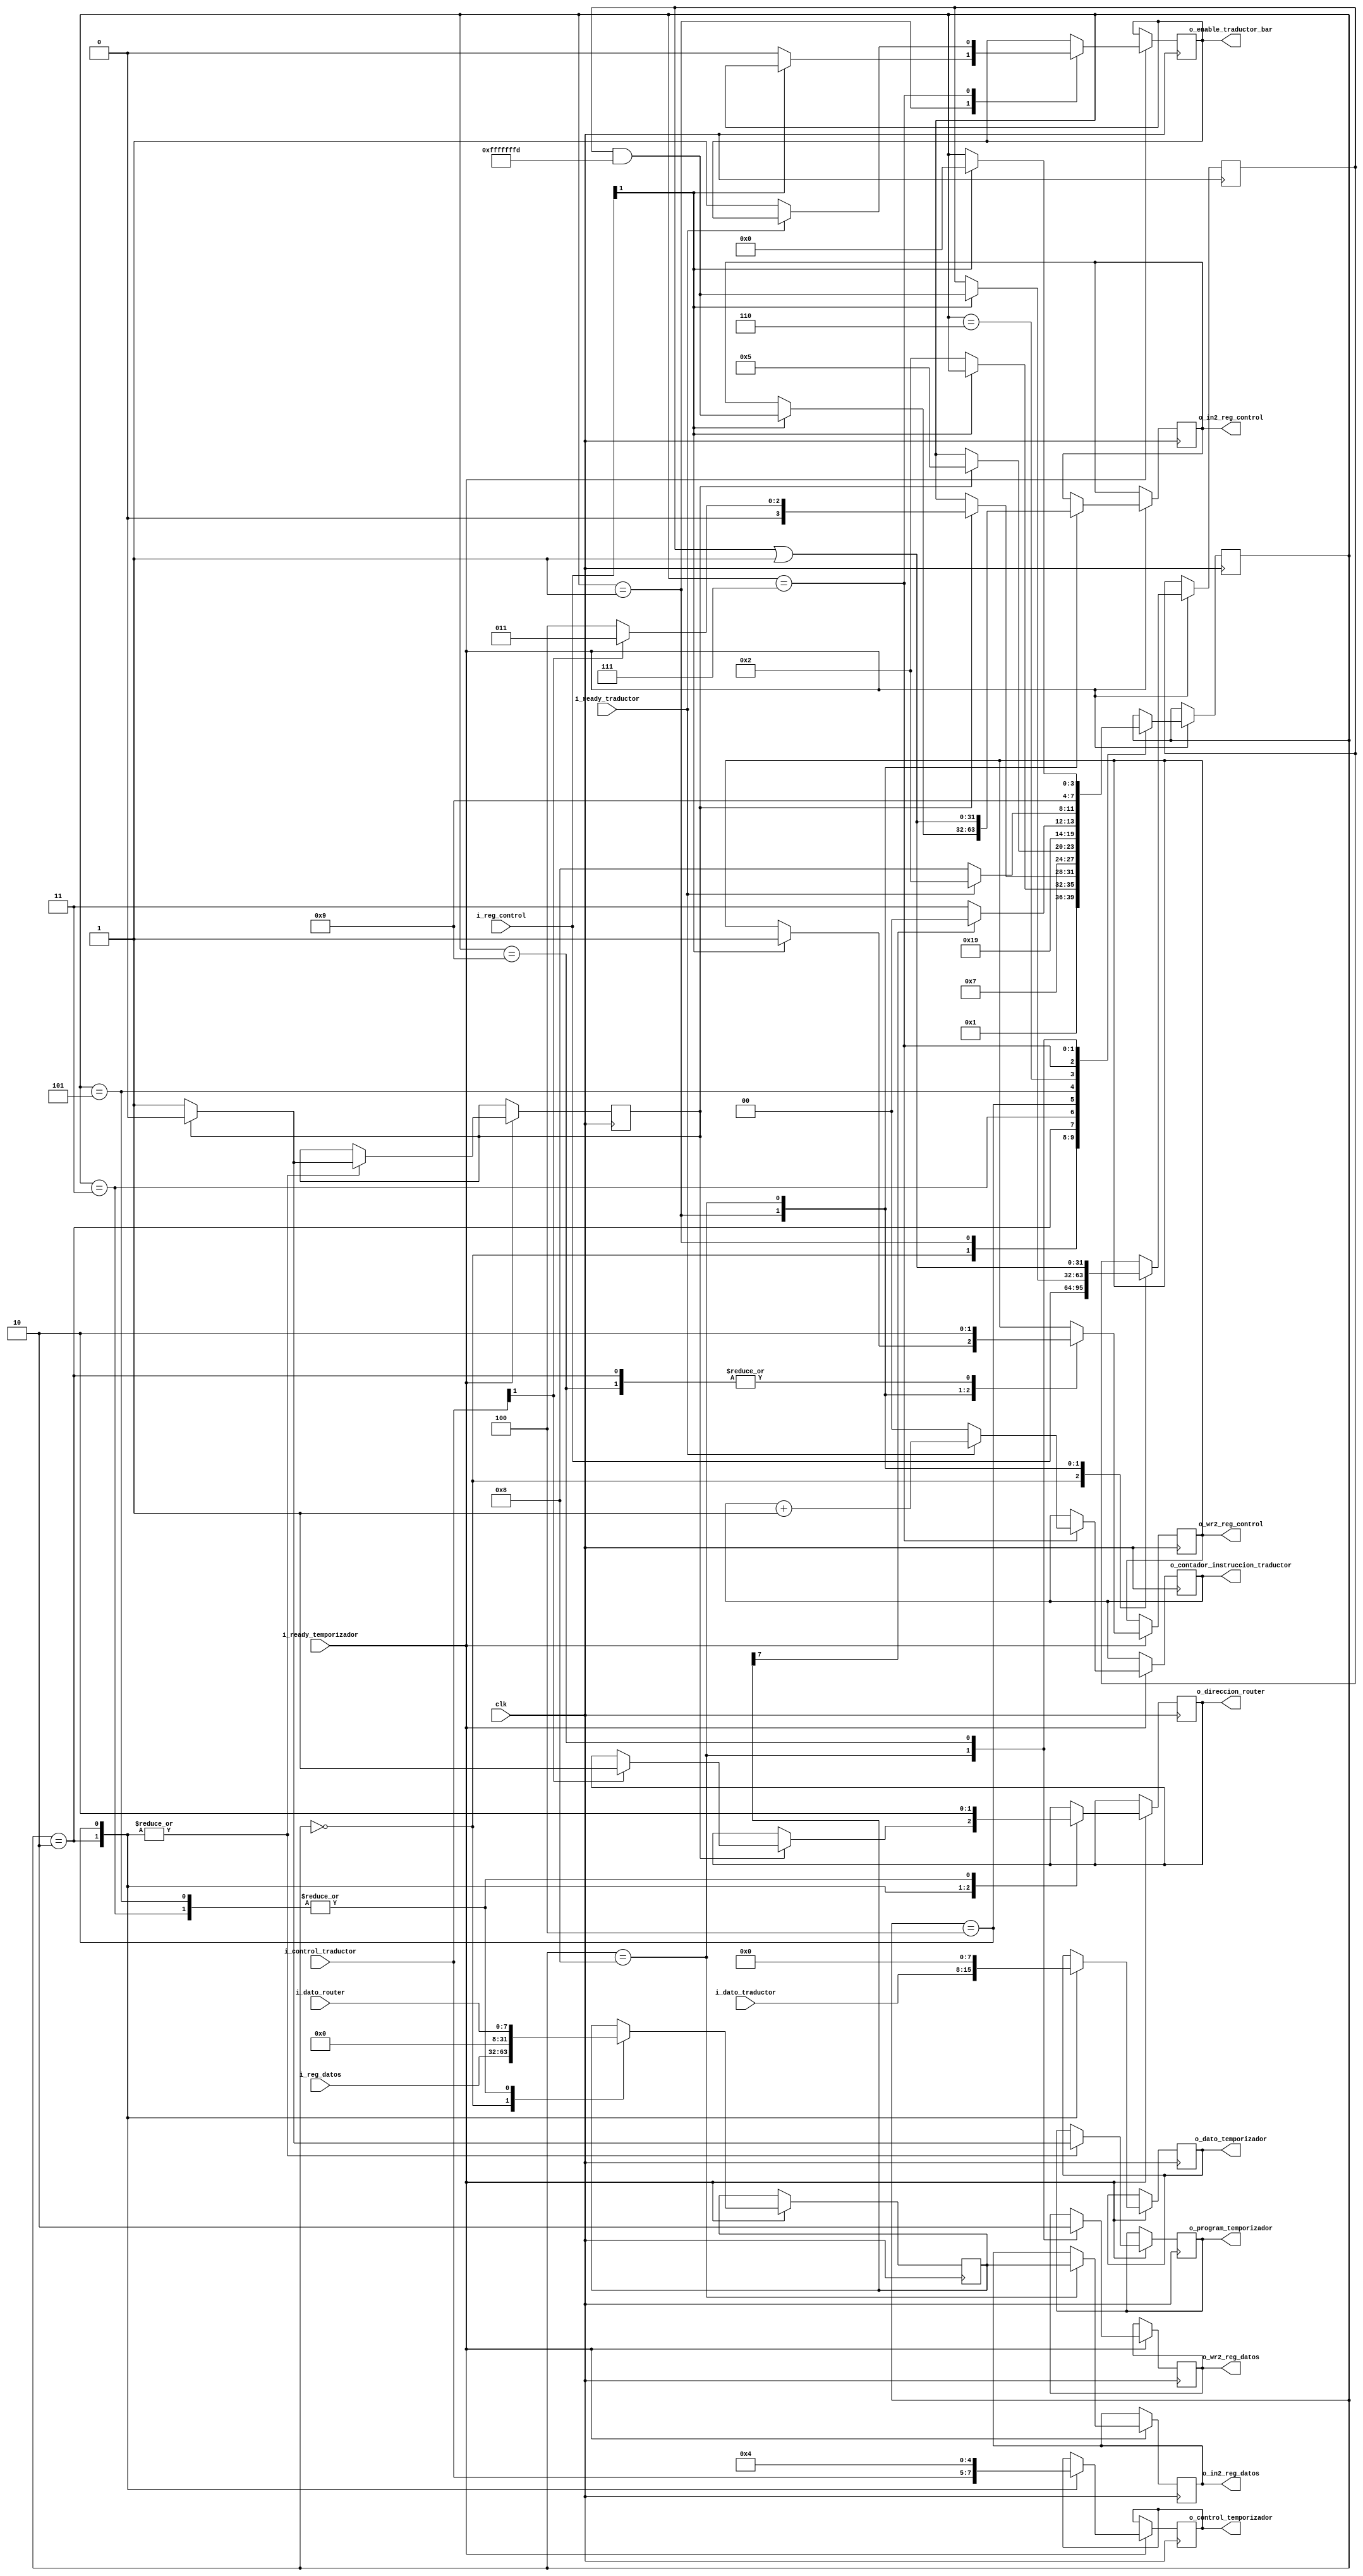
`timescale 10ns / 100ps

module Ejecutador (
    input clk,

    input [31:0] i_reg_control,
    input [31:0] i_reg_datos,

    output reg [31:0] o_in2_reg_control,
    output reg o_wr2_reg_control,

    output reg [31:0] o_in2_reg_datos,
    output reg o_wr2_reg_datos,

    input i_ready_traductor, // ls en traductor
    input [2:0] i_control_traductor,
    input [7:0] i_dato_traductor,
    output reg o_enable_traductor_bar, // conta en traductor
    output reg [1:0] o_contador_instruccion_traductor, // listo en traductor

    input i_ready_temporizador,
    output reg o_program_temporizador,
    output reg [3:0] o_control_temporizador,
    output reg [7:0] o_dato_temporizador,
    
    input [7:0] i_dato_router,
    output reg o_direccion_router);

    initial o_in2_reg_control = 32'h0000_0000;
    initial o_wr2_reg_control = 1'b0;
    initial o_in2_reg_datos = 32'h0000_0000;
    initial o_wr2_reg_datos = 1'b0;
    initial o_enable_traductor_bar = 1'b1;
    initial o_contador_instruccion_traductor = 2'b00;
    initial o_program_temporizador = 1'b0;
    initial o_control_temporizador = 4'b0000;
    initial o_dato_temporizador = 8'b0000_0000;
    initial o_direccion_router = 1'b0;

    parameter EXEC = 1'b1;
    parameter BUSY_FLAG = 3'h7;
    parameter TRADUCTOR_TERMINADO = 1'b0;
    parameter LEER_ESCRIBIR = 1'b1;
    
    reg [31:0] _reg_control = 32'h0000_0000;
    reg [31:0] _reg_datos = 32'h0000_0000;

    parameter st_LeerRegistros = 4'b0000;
    parameter st_CambiarExec = 4'b0001;
    parameter st_TraducirYEjecutarComando = 4'b0010;
    parameter st_LeerDatosDelCommando = 4'b0011;
    parameter st_EjecutarBusyFlag = 4'b0100;
    parameter st_LeerBusyFlag = 4'b0101;
    parameter st_DecisionBusyFlag = 4'b0110;
    parameter st_DecisionTraductor = 4'b0111;
    parameter st_EscribirRegistros = 4'b1000;
    parameter st_Inactivo = 4'b1001;

    reg [3:0] estado = st_Inactivo;
    reg contador_estado = 1'b0;

    always @ ( posedge clk ) begin
        if (i_ready_temporizador == 1'b1) begin
            case (estado)
            
                st_LeerRegistros: begin
                    _reg_control <= i_reg_control;
                    _reg_datos <= i_reg_datos;
                    estado <= st_CambiarExec;
                end

                st_CambiarExec: begin
                    if (i_reg_control[EXEC] == 1'b1) begin
                        o_wr2_reg_control <= 1'b1;
                        o_in2_reg_control <= _reg_control & ~32'h0000_0002;
                        _reg_control <= _reg_control & ~32'h0000_0002;
                    end
                    else begin
                        o_enable_traductor_bar <= 1'b0;
                        estado <= st_TraducirYEjecutarComando;
                    end
                end

                st_TraducirYEjecutarComando: begin
                    o_wr2_reg_control <= 1'b0; // resetea de escritura pasada
                    o_control_temporizador <= {i_control_traductor, 1'b0};
                    o_dato_temporizador <= i_dato_traductor;
                    
                    if (contador_estado == 1'b0) begin
                        contador_estado <= 1'b1;
                        o_program_temporizador <= 1'b1;
                    end
                    else if (i_control_traductor[LEER_ESCRIBIR] == 1'b1) begin
                        o_direccion_router <= 1'b1;
                        estado <= st_LeerDatosDelCommando;
                        contador_estado <= 1'b0;
                        o_program_temporizador <= 1'b0;
                    end
                    else begin
                        estado <= st_EjecutarBusyFlag;
                        contador_estado <= 1'b0;
                        o_program_temporizador <= 1'b0;
                    end
                end

                st_LeerDatosDelCommando: begin
                    o_direccion_router <= 1'b0;
                    _reg_datos <= {24'h0000_00, i_dato_router};
                    estado <= st_DecisionTraductor;
                end

                st_EjecutarBusyFlag: begin
                    o_control_temporizador <= 4'b0100;
                    o_dato_temporizador <= 8'b0000_0000;
                    o_direccion_router <= 1'b1;
                    
                    if (contador_estado == 1'b0) begin
                        contador_estado <= 1'b1;
                        o_program_temporizador <= 1'b1;
                    end
                    else begin
                        estado <= st_LeerBusyFlag;
                        contador_estado <= 1'b0;
                        o_program_temporizador <= 1'b0;
                    end
                end

                st_LeerBusyFlag: begin
                    o_direccion_router <= 1'b0;
                    _reg_datos <= {24'h0000_00, i_dato_router};
                    estado <= st_DecisionBusyFlag;
                end

                st_DecisionBusyFlag: begin
                    if (_reg_datos[BUSY_FLAG] == 1'b1) begin
                        estado <= st_EjecutarBusyFlag;
                    end
                    else begin
                        estado <= st_DecisionTraductor;
                    end
                end
                
                st_DecisionTraductor: begin
                    if (i_ready_traductor == TRADUCTOR_TERMINADO) begin
                        estado <= st_EscribirRegistros;
                        o_contador_instruccion_traductor <= 2'b00;
                        o_enable_traductor_bar <= 1'b1;
                    end
                    else begin
                        o_contador_instruccion_traductor <=  o_contador_instruccion_traductor + 1;
                        estado <= st_TraducirYEjecutarComando;
                    end
                end

                st_EscribirRegistros: begin
                    o_wr2_reg_control <= 1'b1;
                    o_wr2_reg_datos <= 1'b1;
                    o_in2_reg_control <= _reg_control | 32'h0000_0001;
                    _reg_control <= _reg_control | 32'h0000_0001;
                    o_in2_reg_datos <= _reg_datos;
                    estado <= st_Inactivo;
                end

                st_Inactivo: begin
                    o_wr2_reg_control <= 1'b0;
                    o_wr2_reg_datos <= 1'b0;
                    
                    if (i_reg_control[EXEC] == 1'b1) begin
                        estado <= st_LeerRegistros;
                    end
                end

            endcase
        end
    end
endmodule